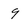
Character: 9